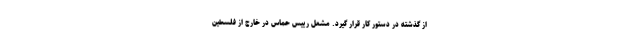
از گذشته در دستور کار قرار گیرد. مشعل رییس حماس در خارج از فلسطین